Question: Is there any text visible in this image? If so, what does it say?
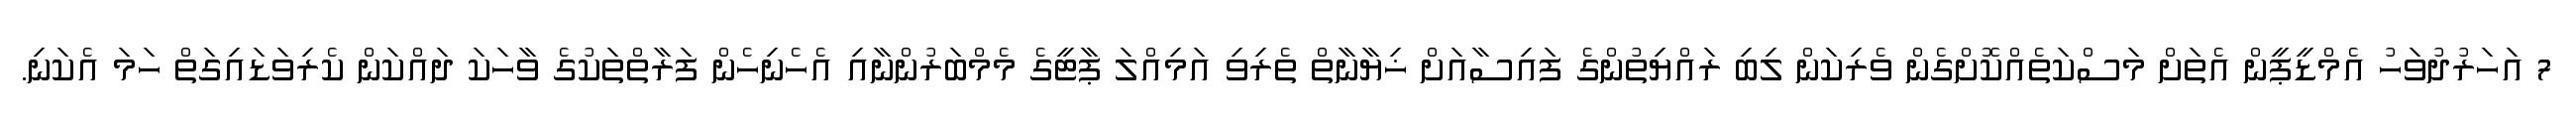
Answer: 7 އަހަރުދުވަހު އެމްޑީޕީން އެތަށް މަސްކަތެއްކޮށްގެން ވެރިކަން ލިބި ރައްޔިތުންގެ ފައިސާއަށް ޚިޔާނާތް ތެރިވި އަމިއްލަ ޕާޓީގެ މެމްބަރުންނާއި އެހެނިހެން ފަރާތްތަކުގެ ވާހަކަ ދައްކަން ކެރިވަޑައިގަތް ހަމަ އެކަނި.